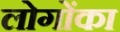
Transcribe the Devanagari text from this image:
लोगोंका